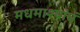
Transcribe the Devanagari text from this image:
मधमाश्यांचं